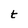
Character: t